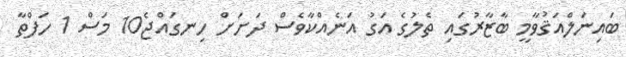
ބައިނަލްއަޤުވާމީ ބާޒާރުގައި ތެލުގެ އަގު އަނެއްކާވެސް ދަށަށް ހިނގައްޖެ10 މަސް 1 ހަފްތާ